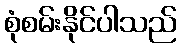
စုံစမ်းနိုင်ပါသည်